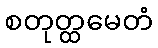
စတုတ္ထမေတံ